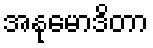
အနုမောဒိတာ